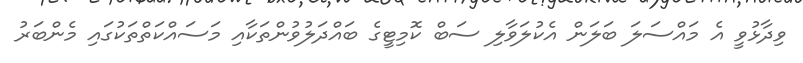
ވިދާޅުވީ އެ މައްސަލަ ބަލަން އެކުލަވާލި ސަބް ކޮމިޓީގެ ބައްދަލުވުންތަކާއި މަސައްކަތްތަކުގައި މެންބަރު